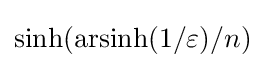
\sinh(\mathrm {arsinh} (1/\varepsilon )/n)